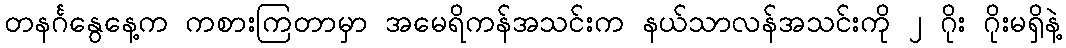
တနင်္ဂနွေနေ့က ကစားကြတာမှာ အမေရိကန်အသင်းက နယ်သာလန်အသင်းကို ၂ ဂိုး ဂိုးမရှိနဲ့